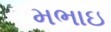
મભાઇ